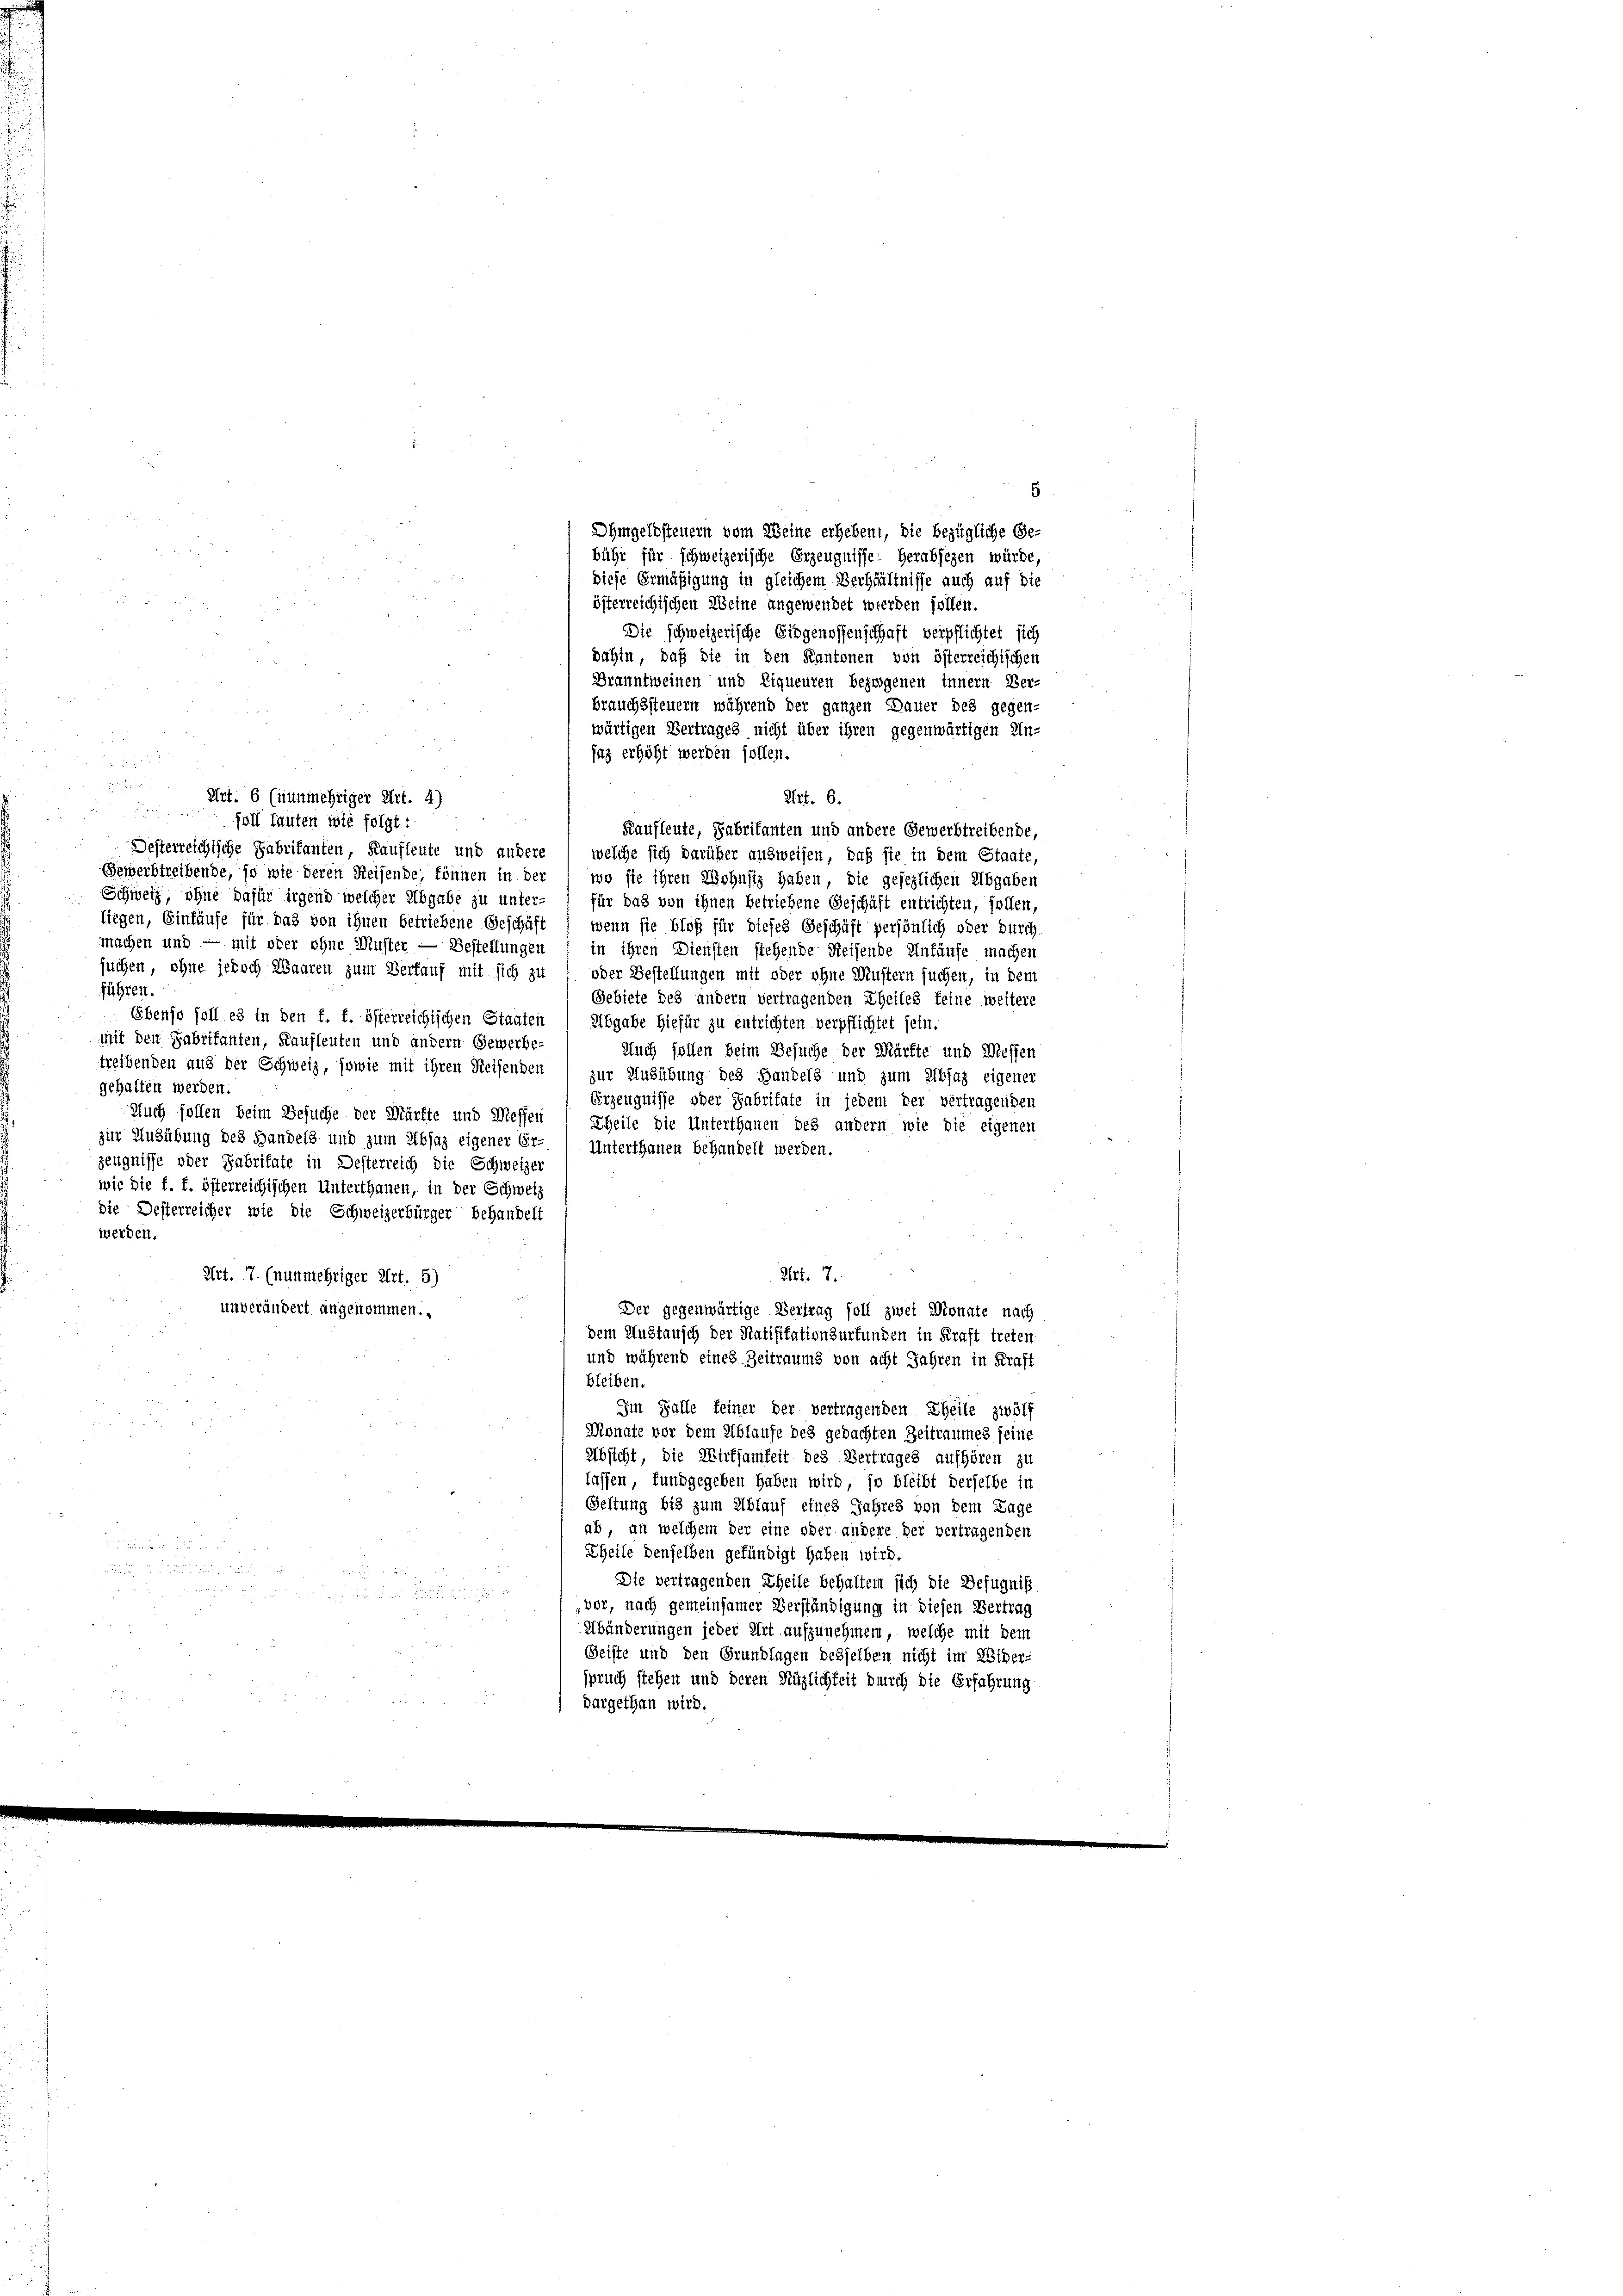
Art. 6 (nunmehriger Art. 4)
foll fauten wie folgt:

5.
Ohmgeldsteuern vom Weine erheben, die bezügliche Ge-
bühr für schweizerische Erzeugnisse. Herabjezen würde,
x
diese Ermäßigung in gleichem Verhältnisse auch auf die
österreichischen Weine angewendet werden sollen.
Die schweizerische Eidgenossenschaft verpflichtet sich
dahin, daß die in den Kantonen von österreichischen
Branntweinen und Liqueuren bezogenen innern Ver-
brauchssteuern während der ganzen Dauer des gegen-
wärtigen Vertrages nicht über ihren gegenwärtigen Un-
saz erhöht werden sollen.

Art. 6.

Kaufleute, Fabrikanten und andere Gewerbtreibende,
Desterreichische Fabritanten, Kaufleute und andere (welche sich darüber ausweisen, daß sie in dem Staate,
Gewerbstreibende, so wie deren Reisende, können in der
wo sie ihren Wohnsiz haben, die gesezlichen Abgaben
Schweiz, ohne dafür irgend welcher Abgabe zu unter- für das von ihnen betriebene Geschäft entrichten, sollen,
liegen, Einkäufe für das von ihnen betriebene Geschäft, wenn sie bloß für dieses Geschäft persönlich oder durch
machen und — mit oder ohne Muster — Bestellungen) in ihren Diensten stehende Reisende Unfäufe machen
suchen, ohne jedoch Waaren zum Verkauf mit sich zu oder Bestellungen mit oder ohne Mustern suchen, in dem
führen.
Gebiete des andern vertragenden Theiles keine weitere
Ebenso soll es in den f. f. österreichischen Staaten) Abgabe hiefür zu entrichten verpflichtet sein.
mit den Fabrikanten, Kaufleuten und andern Gewerbe-
Auch sollen beim Besuche der Märfte und Wessen
treibenden aus der Schweiz, sowie mit ihren Reisenden) zur Ausübung des Handels und zum Abjaz eigener
gehalten werden.
Erzeugnisse oder Fabritate in jedem der vertragenden
Auch sollen beim Besuche der Würfte und Messen
Theile die Unterthanen des andern wie die eigenen
zur Ausübung des Handels und zum Absaz eigener Er-
Unterthanen behandelt werden.
zeugnisse oder Fabritate in Desterreich die Schweizer
wie die f. f. österreichischen Unterthanen, in der Schweiz
die Desterreicher wie die Schweizerbürger behandelt
werden.
Art. 7.
Art. 7. (nunmehriger Art. 5)
unverändert angenommen.
Der gegenwärtige Vertrag soll zwei Monate nach
dem Austausch der Ratifikationsurfunden in Kraft treten
und während eines Zeitraums von acht Jahren in Kraft
bleiben.
Im Falle feiner der vertragenden Theile zwölf
Monate vor dem Ablaufe des gedachten Zeitraumes seine
Absicht, die Wirtsamkeit des Vertrages aufhören zu
lassen, fundgegeben haben wird, so bleibt derselbe in
Geltung bis zum Ablauf eines Jahres von dem Lage
ab, an welchem der eine oder andere der vertragenden

Theile denselben gefündigt haben wird.

Die vertragenden Theile behalten sich die Befugniß

vor, nach gemeinsamer Verständigung in diesen Vertrag
3
2
Abänderungen jeder Art aufzunehmen, welche mit dem

Geiste und den Grundlagen desselben nicht im Wider-
spruch stehen und deren Hüglichkeit durch die Erfahrung
e
dargethan wird.